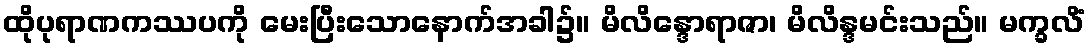
ထိုပုရာဏကဿပကို မေးပြီးသောနောက်အခါ၌။ မိလိန္ဒောရာဇာ၊ မိလိန္ဒမင်းသည်။ မက္ခလိံ